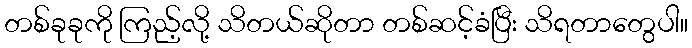
တစ်ခုခုကို ကြည့်လို့ သိတယ်ဆိုတာ တစ်ဆင့်ခံပြီး သိရတာတွေပါ။